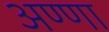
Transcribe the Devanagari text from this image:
अण्‍णा